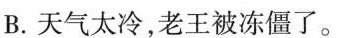
B.天气太冷，老王被冻僵了。